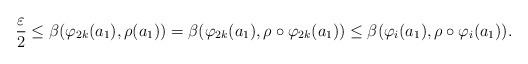
LaTeX: \begin{align*}\dfrac{\varepsilon}{2}\leq\beta(\varphi_{2k}(a_1),\rho(a_1))=\beta(\varphi_{2k}(a_1),\rho\circ \varphi_{2k}(a_1))\leq \beta(\varphi_i(a_1),\rho\circ \varphi_i(a_1)).\end{align*}